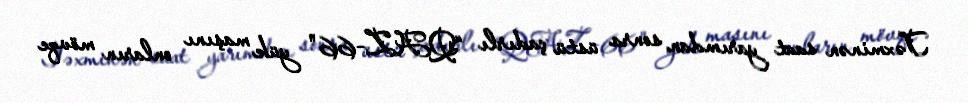
Təxminən saat yarımdan sonra üstü çadırlı “QAZ-66" yük maşını onların mövqe